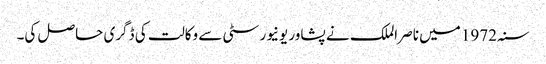
سنہ 1972 میں ناصر الملک نے پشاور یونیورسٹی سے وکالت کی ڈگری حاصل کی۔